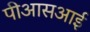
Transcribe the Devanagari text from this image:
पीआसआई